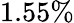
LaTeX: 1.55\%